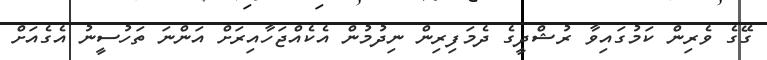
ގޭގެ ވެރިން ކަމުގައިވާ ރުޝްދީގެ ދެމަފިރިން ނިދުމުން އެކެއްޖަހާއިރަށް އަންނަ ތަހުސީނު އެގެއަށް